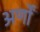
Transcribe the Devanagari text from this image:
अर्णों